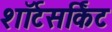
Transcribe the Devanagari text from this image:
शॉर्टसर्किट